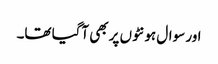
اور سوال ہونٹوں پر بھی آگیا تھا۔